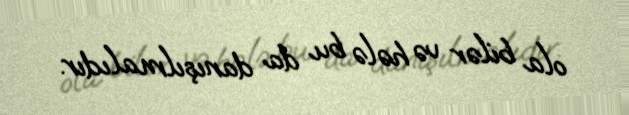
ola bilər və hələ bu da danışılmalıdır.